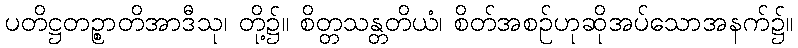
ပတိဋ္ဌတဉ္စာတိအာဒီသု၊ တို့၌။ စိတ္တသန္တတိယံ၊ စိတ်အစဉ်ဟုဆိုအပ်သောအနက်၌။